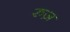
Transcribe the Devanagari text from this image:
रुज़